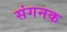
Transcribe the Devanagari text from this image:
संगनक